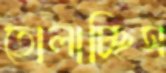
তোলাচ্ছিস